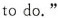
todo."